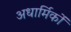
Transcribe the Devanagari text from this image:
अधार्मिकों